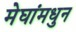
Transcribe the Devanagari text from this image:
मेघांमधुन